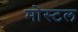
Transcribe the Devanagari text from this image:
मोस्टल